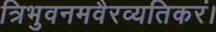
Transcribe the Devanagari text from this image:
त्रिभुवनमवैरव्यतिकरं।